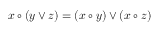
x \circ ( y \lor z ) = ( x \circ y ) \lor ( x \circ z )